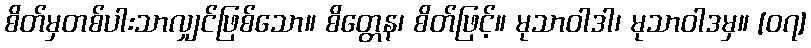
စိတ်မှတစ်ပါးသာလျှင်ဖြစ်သော။ စိတ္တေန၊ စိတ်ဖြင့်။ မုသာဝါဒါ၊ မုသာဝါဒမှ။ [၀၇]